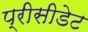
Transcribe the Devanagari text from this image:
प्रीसीडेट